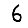
Digit: 6